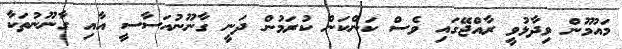
މައުމޫން ވިދާޅުވީ ރާއްޖޭގައި ވެސް ކަންކަން ކުރަމުން ދަނީ ގާނޫނުއަސާސީ އާއި ގާނޫނުތަކާ